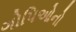
ગોપિઓનો